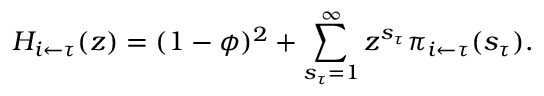
H _ { i \leftarrow \tau } ( z ) = ( 1 - \phi ) ^ { 2 } + \sum _ { s _ { \tau } = 1 } ^ { \infty } z ^ { s _ { \tau } } \pi _ { i \leftarrow \tau } ( s _ { \tau } ) .